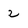
Character: 2